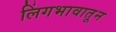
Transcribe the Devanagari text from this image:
लिंगभावातून